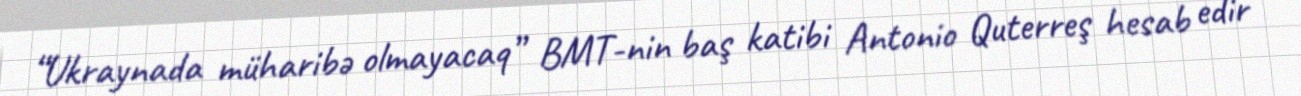
“Ukraynada müharibə olmayacaq” BMT-nin baş katibi Antonio Quterreş hesab edir